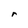
Character: r